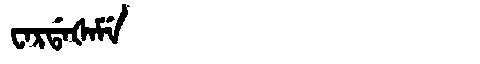
Manchu: ᠸᠠᡵᡩᠠᡧᠠᠮᡝ
Romanization: WARDAŠAME